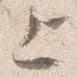
上